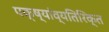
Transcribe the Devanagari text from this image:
पक्ष्यांव्यतिरिक्त